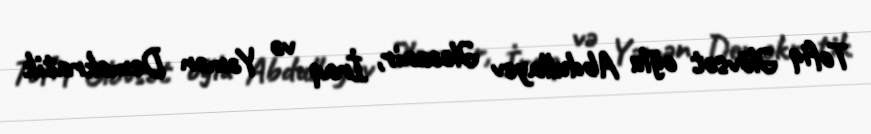
Tofiq Əlövsət oğlu Abdullayev Əlcəzair, İraq və Yəmən Demokratik